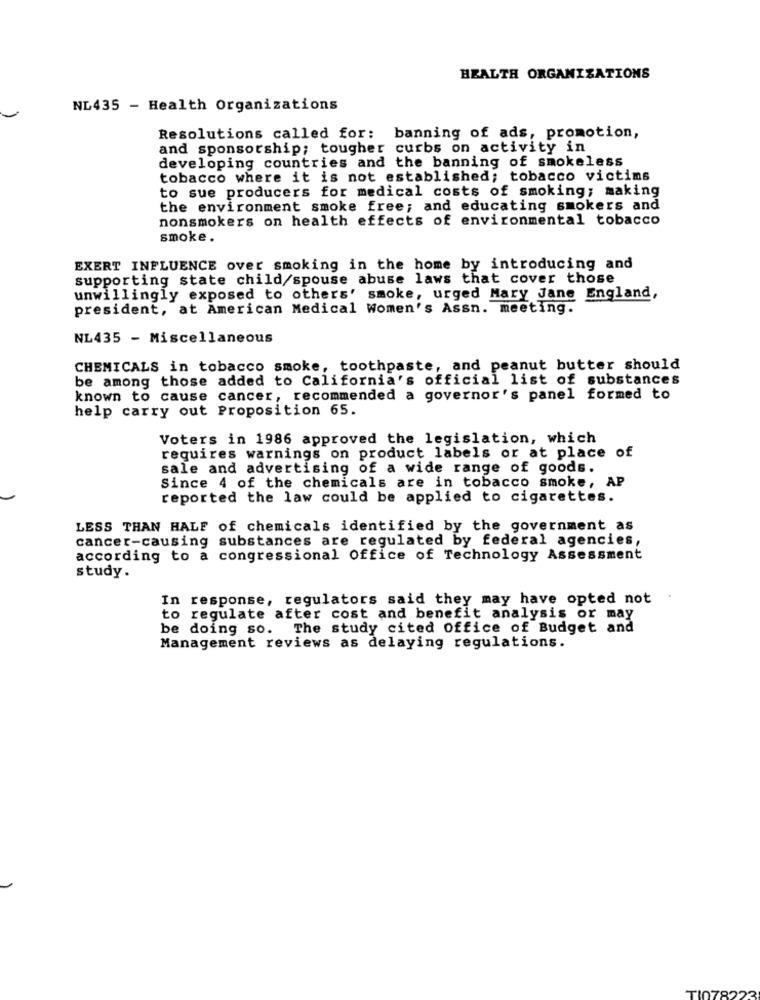
HEALTH ORGANIZATIONS
NL435 - Health Organizations
Resolutions called for: banning of ads, promotion,
and sponsorship; tougher curbs on activity in
developing countries and the banning of smokeless
tobacco where it is not established; tobacco victims
to sue producers for medical costs of smoking; making
the environment smoke free; and educating smokers and
nonsmokers on health effects of environmental tobacco
smoke.
EXERT INFLUENCE over smoking in the home by introducing and
supporting state child/spouse abuse laws that cover those
unwillingly exposed to others' smoke, urged Mary Jane England,
president, at American Medical Women's Assn. meeting.
NL435 - Miscellaneous
CHEMICALS in tobacco smoke, toothpaste, and peanut butter should
be among those added to California's official list of substances
known to cause cancer, recommended a governor's panel formed to
help carry out Proposition 65.
Voters in 1986 approved the legislation, which
requires warnings on product labels or at place of
sale and advertising of a wide range of goods.
Since 4 of the chemicals are in tobacco smoke, AP
reported the law could be applied to cigarettes.
LESS THAN HALF of chemicals identified by the government as
cancer-causing substances are regulated by federal agencies,
according to a congressional Office of Technology Assessment
study.
In response, regulators said they may have opted not .
to regulate after cost and benefit analysis or may
be doing so. The study cited Office of Budget and
Management reviews as delaying regulations.